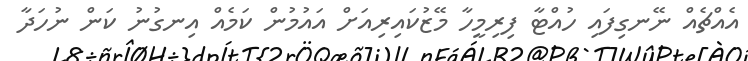
އެއްޗެއް ނޭނގިފައި ހުއްޓާ ފިރިމީހާ މޭޒުކައިރިއަށް އައުމުން ކަމެއް އިނގުނު ކަން ނުހަދާ